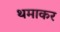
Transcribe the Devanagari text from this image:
थमाकर